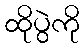
ထိုပွဲကို